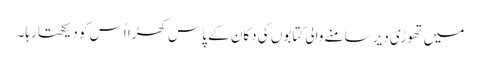
میں تھوڑی دیر سامنے والی کتابوں کی دکان کے پاس کھڑا اُس کو دیکھتا رہا۔